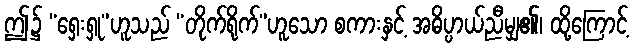
ဤ၌ “ရှေးရှု”ဟူသည် “တိုက်ရိုက်”ဟူသော စကားနှင့် အဓိပ္ပာယ်ညီမျှ၏၊ ထို့ကြောင့်